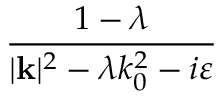
\frac { 1 - \lambda } { | \mathbf { k } | ^ { 2 } - \lambda k _ { 0 } ^ { 2 } - i \varepsilon }